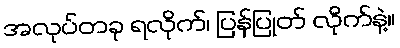
အလုပ်တခု ရလိုက်၊ ပြန်ပြုတ် လိုက်နဲ့။